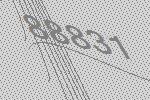
88831